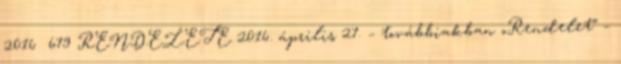
2016 679 RENDELETE 2016. április 27. – továbbiakban „Rendelet” –